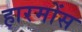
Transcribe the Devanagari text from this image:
हारमोंस